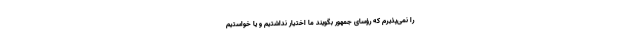
را نمی‌پذیرم که رؤسای جمهور بگویند ما اختیار نداشتیم و یا خواستیم